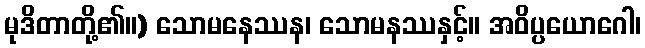
မုဒိတာတို့၏။) သောမနေဿန၊ သောမနဿနှင့်။ အဝိပ္ပယောဂေါ၊